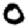
Digit: 0